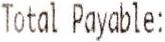
TOTAL PAYABLE: